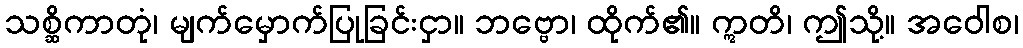
သစ္ဆိကာတုံ၊ မျက်မှောက်ပြုခြင်းငှာ။ ဘဗ္ဗော၊ ထိုက်၏။ ဣတိ၊ ဤသို့။ အဝေါစ၊